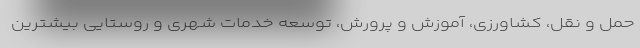
حمل و نقل، کشاورزی، آموزش و پرورش، توسعه خدمات شهری و روستایی بیشترین